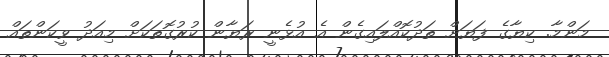
މަންމާ. ކިޔާގެ ފަޔަށް ތަދުކޮއްލައިގެން އެ އުޅެނީ ރަޔާން ކުރުގޮތަކަށް މިއަދު ވީކަންތައް